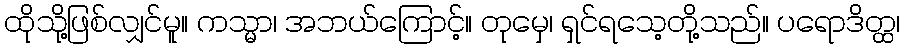
ထိုသို့ဖြစ်လျှင်မူ။ ကသ္မာ၊ အဘယ်ကြောင့်။ တုမှေ၊ ရှင်ရသေ့တို့သည်။ ပရောဒိတ္ထ၊